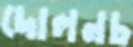
দোলনচ